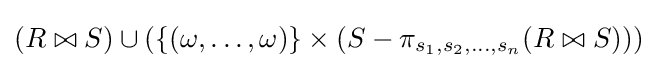
(R\bowtie S)\cup (\{(\omega ,\dots ,\omega )\}\times (S-\pi _{s_{1},s_{2},\dots ,s_{n}}(R\bowtie S)))